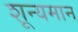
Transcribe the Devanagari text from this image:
शून्यमान